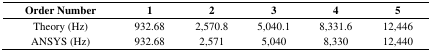
<table><thead><tr><td><b>Order Number</b></td><td><b>1</b></td><td><b>2</b></td><td><b>3</b></td><td><b>4</b></td><td><b>5</b></td></tr></thead><tbody><tr><td>Theory (Hz)</td><td>932.68</td><td>2,570.8</td><td>5,040.1</td><td>8,331.6</td><td>12,446</td></tr><tr><td>ANSYS (Hz)</td><td>932.68</td><td>2,571</td><td>5,040</td><td>8,330</td><td>12,440</td></tr></tbody></table>